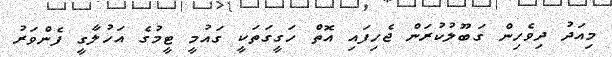
މިއަދު ދިވެހިން ގަބޫލުކުރަން ޖެހިފައި އޮތް ހަގީގަތަކީ ގައުމީ ޓީމުގެ އަހުލާގީ ފެންވަރު